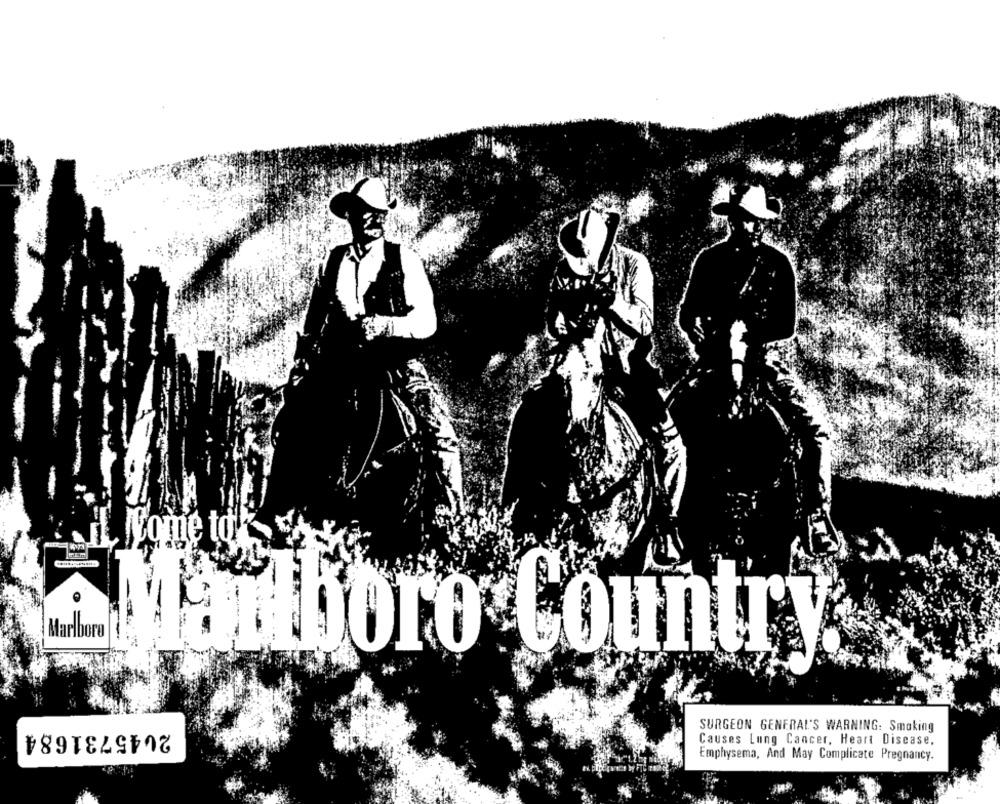
to
Marlboro
Marlboro Country
2045731684
SURGEON GENERAL'S WARNING: Smoking
Causes Lung Cancer, Heart Disease,
Emphysema, And May Complicate Pregnancy.